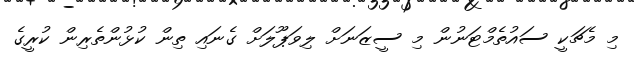
މި މެޗަކީ ސައުތެމްޓަނުން މި ސީޒަނަށް ލިވަޕޫލަށް ގެނައި ތިން ކުޅުންތެރިން ކުރީގެ